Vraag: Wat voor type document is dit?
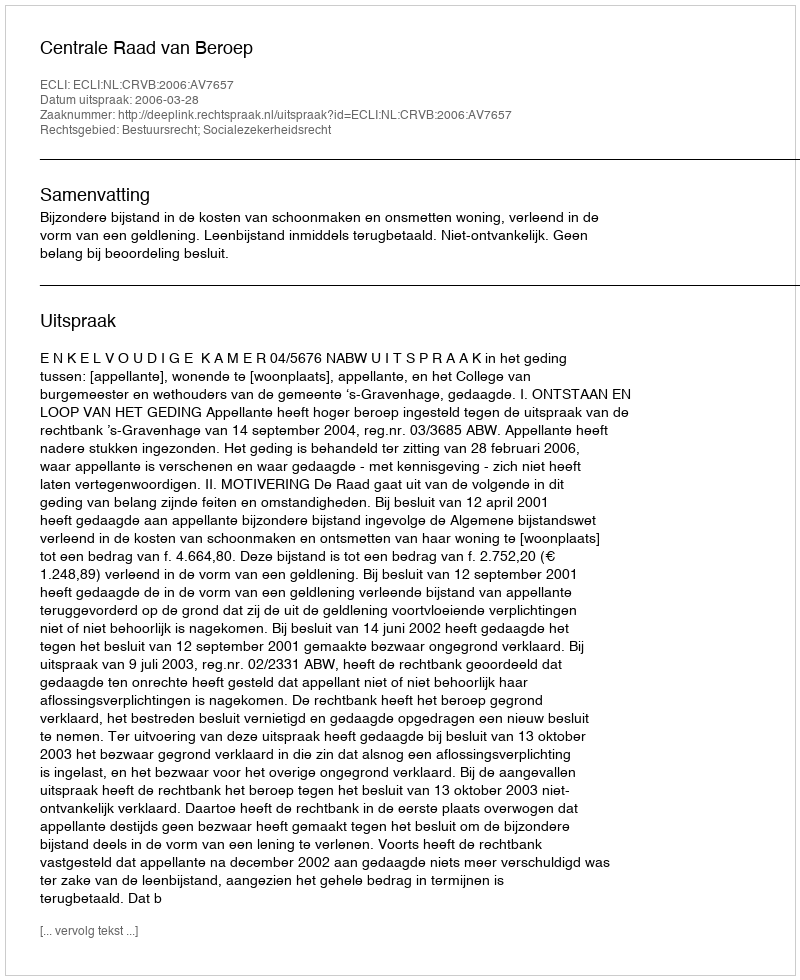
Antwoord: Uitspraak